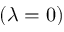
( \lambda = 0 )